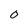
Character: O